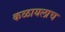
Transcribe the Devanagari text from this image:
कळायलाच